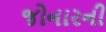
જોનારની